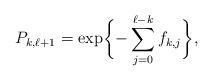
LaTeX: \begin{align*} P_{k, \ell + 1} = \exp \biggl\{ -\sum_{j=0}^{\ell - k} f_{k, j} \biggr\} , \end{align*}